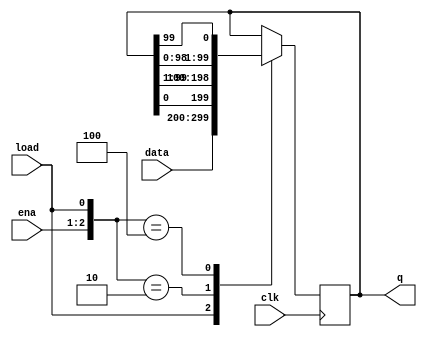
// SPDX-License-Identifier: MIT

module top_module(
    input clk,
    input load,
    input [1:0] ena,
    input [99:0] data,
    output reg [99:0] q); 
    always @(posedge clk) begin
        casez ({ena, load})
            3'bzz1: q <= data;
            3'b010: q <= {q[0], q[99:1]};
            3'b100: q <= {q[98:0], q[99]};
        endcase
    end

endmodule